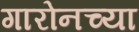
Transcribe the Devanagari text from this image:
गारोनच्या